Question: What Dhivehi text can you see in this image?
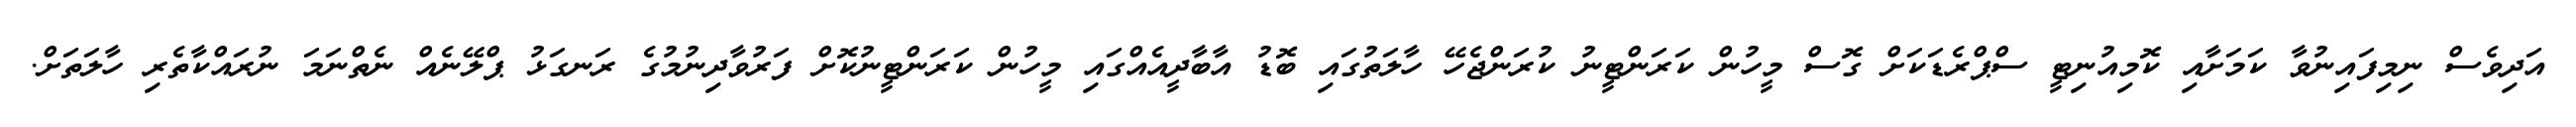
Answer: އަދިވެސް ނިމިފައިނުވާ ކަމަށާއި ކޮމިއުނިޓީ ސްޕްރެޑަކަށް ގޮސް މީހުން ކަރަންޓީނު ކުރަންޖެހޭ ހާލަތުގައި ބޮޑު އާބާދީއެއްގައި މީހުން ކަރަންޓީނުކޮށް ފަރުވާދިނުމުގެ ރަނގަޅު ޕްލޭނެއް ނެތްނަމަ ނުރައްކާތެރި ހާލަތަށް.